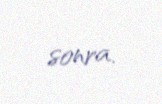
sonra.